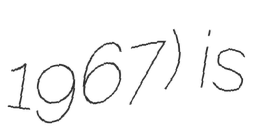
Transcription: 1967) is